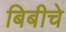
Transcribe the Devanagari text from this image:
बिबीचे